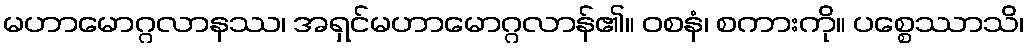
မဟာမောဂ္ဂလာနဿ၊ အရှင်မဟာမောဂ္ဂလာန်၏။ ဝစနံ၊ စကားကို။ ပစ္စေဿာသိ၊